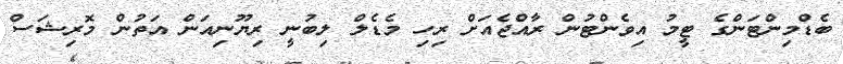
ބެޑްމިންޓަންގެ ޓީމު އިވެންޓުން ރާއްޖެއަށް ރިހި މެޑެލް ލިބުނީ ރިޔޫނިއަން އަތުން މޮރިޝަސް